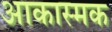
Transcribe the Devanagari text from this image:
आकास्मक